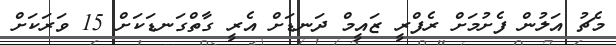
މެޗު އަލުން ފެށުމަށް ރެފްރީ ޒައީމް ދަނޑަށް އެރީ ގާތްގަނޑަކަށް 15 ވަރަކަށް